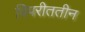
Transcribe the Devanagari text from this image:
विपरीततीन